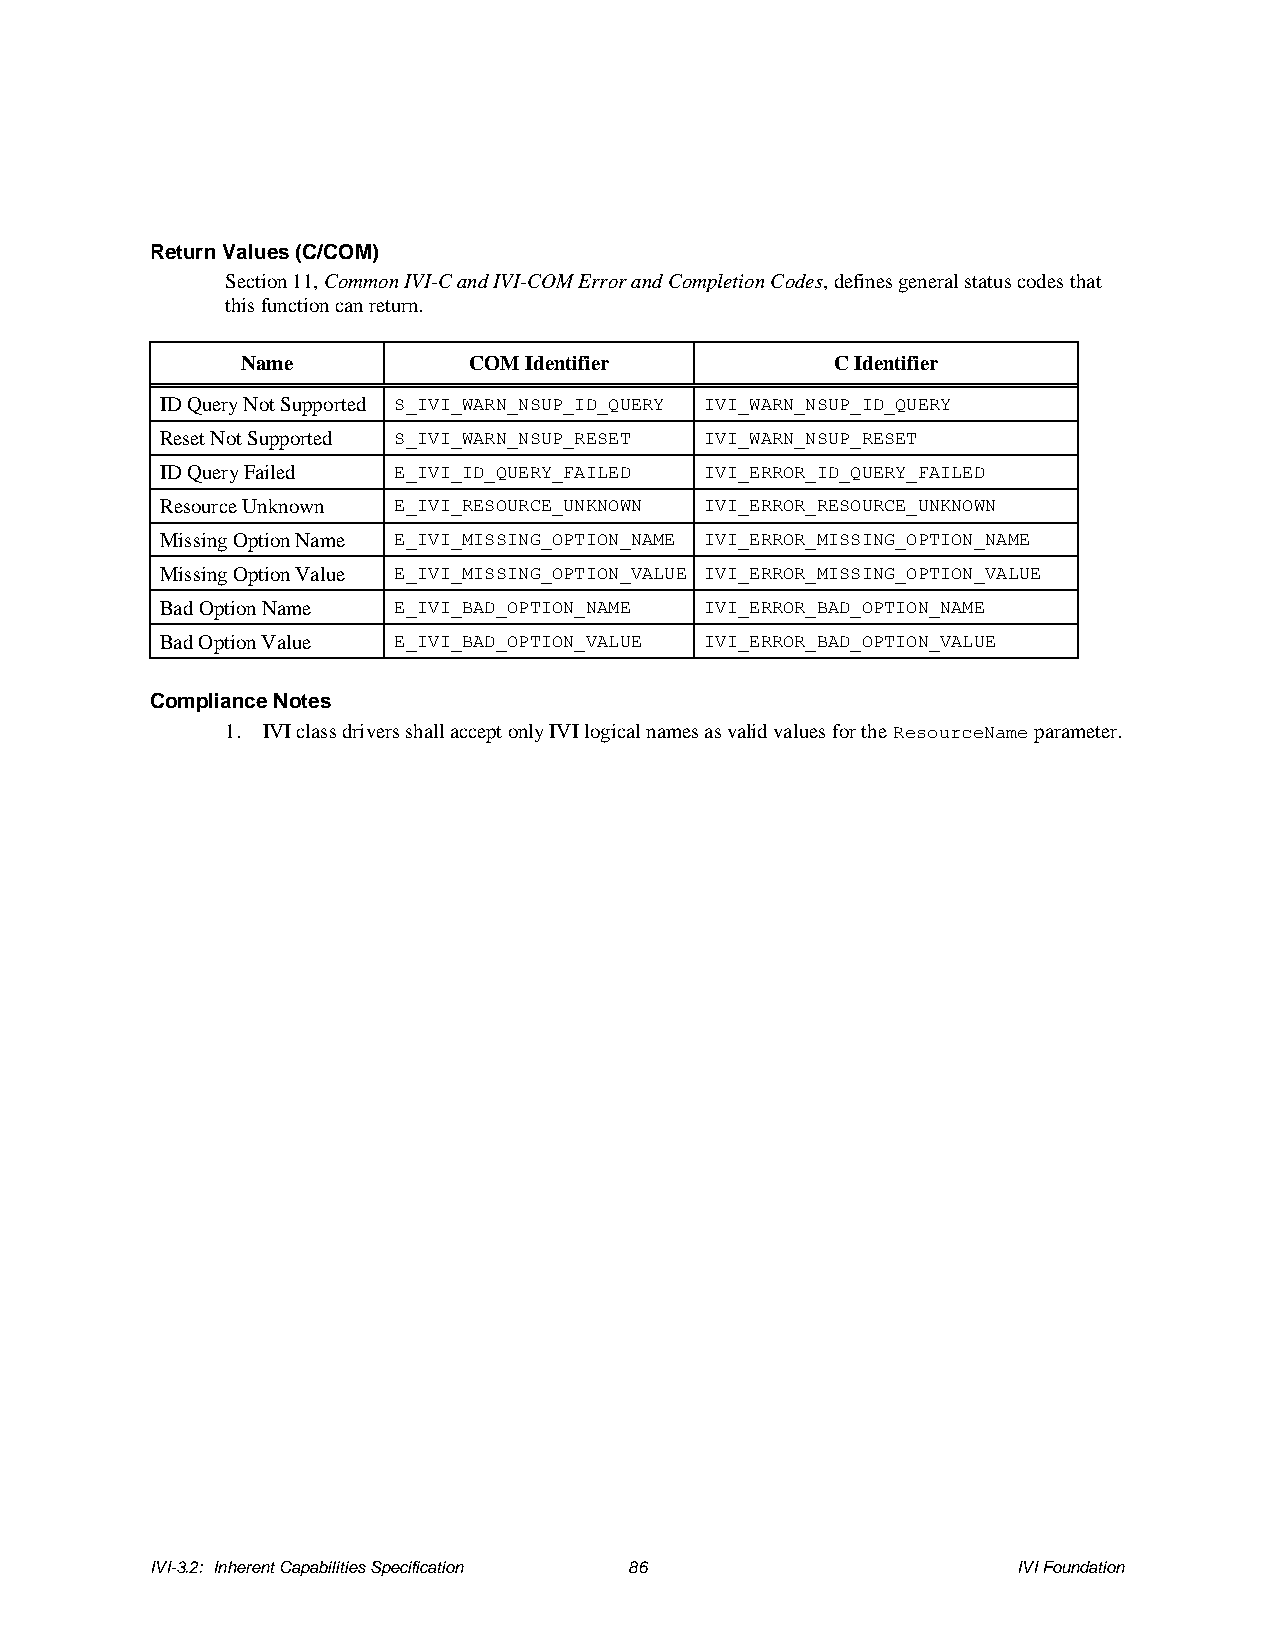
Return Values (C/COM)
 Section 11, Common IVI-C and IVI-COM Error and Completion Codes, defines general status codes that
 this function can return.
 Name           COM Identifier          C Identifier
 ID Query Not Supported S_IVI_WARN_NSUP_ID_QUERY IVI_WARN_NSUP_ID_QUERY
 Reset Not Supported S_IVI_WARN_NSUP_RESET IVI_WARN_NSUP_RESET
 ID Query Failed E_IVI_ID_QUERY_FAILED IVI_ERROR_ID_QUERY_FAILED
 Resource Unknown E_IVI_RESOURCE_UNKNOWN IVI_ERROR_RESOURCE_UNKNOWN
 Missing Option Name E_IVI_MISSING_OPTION_NAME IVI_ERROR_MISSING_OPTION_NAME
 Missing Option Value E_IVI_MISSING_OPTION_VALUE IVI_ERROR_MISSING_OPTION_VALUE
 Bad Option Name E_IVI_BAD_OPTION_NAME IVI_ERROR_BAD_OPTION_NAME
 Bad Option Value E_IVI_BAD_OPTION_VALUE IVI_ERROR_BAD_OPTION_VALUE
 Compliance Notes
 1. IVI class drivers shall accept only IVI logical names as valid values for the ResourceName parameter.
 IVI-3.2: Inherent Capabilities Specification 86          IVI Foundation